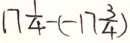
1 7 \frac { 1 } { 4 } - ( - 1 7 \frac { 3 } { 4 } )